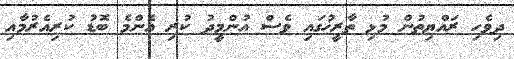
ދިވެހި ރައްޔިތުން މުޅި ތާރީޚުގައި ވެސް އުންމީދު ކުރި އެންމެ ބޮޑު ކުރިއެރުމާއި